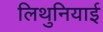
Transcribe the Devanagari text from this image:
लिथुनियाई